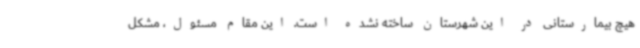
هیچ بیمارستانی در این شهرستان ساخته نشده است. این مقام مسئول، مشکل